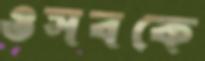
ওসবকে